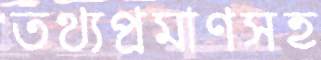
তথ্যপ্রমাণসহ